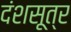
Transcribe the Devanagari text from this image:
दंशसूत्र